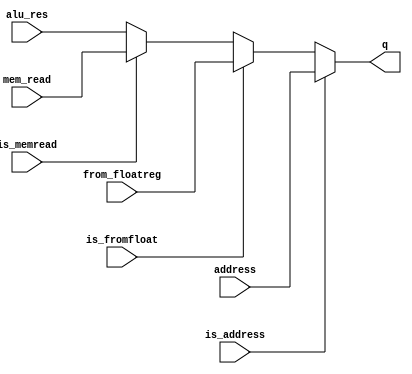
module mux_writedata (
    alu_res,
    address,
    from_floatreg,
    mem_read,
    is_address,
    is_fromfloat,
    is_memread,
    q);

    input [31:0] alu_res;
    input [31:0] address;
    input [31:0] from_floatreg;
    input [31:0] mem_read;
    input is_address;
    input is_fromfloat;
    input is_memread;
    output reg [31:0] q;

    always @ (*) begin
        if (is_address == 1'b1)
            q <= address;
        else if (is_fromfloat == 1'b1)
            q <= from_floatreg;
        else if (is_memread == 1'b1)
            q <= mem_read;
        else
            q <= alu_res;
    end
endmodule